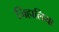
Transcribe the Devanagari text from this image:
जिहालिया